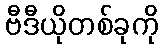
ဗီဒီယိုတစ်ခုကို